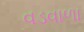
વડવાળા